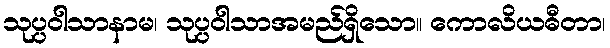
သုပ္ပဝါသာနာမ၊ သုပ္ပဝါသာအမည်ရှိသော။ ကောလိယဓီတာ၊